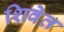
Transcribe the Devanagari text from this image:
शिवेत